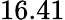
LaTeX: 16.41